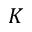
K